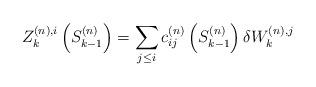
LaTeX: \begin{align*}Z^{(n),i}_k\left(S^{(n)}_{k-1}\right) = \sum_{j \leq i} c^{(n)}_{ij}\left(S^{(n)}_{k-1}\right) \delta W^{(n),j}_{k}\end{align*}